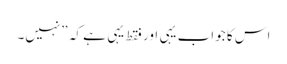
اس کا جواب یہی اور فقط یہی ہے کہ ”نہیں۔